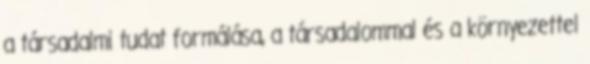
a társadalmi tudat formálása, a társadalommal és a környezettel